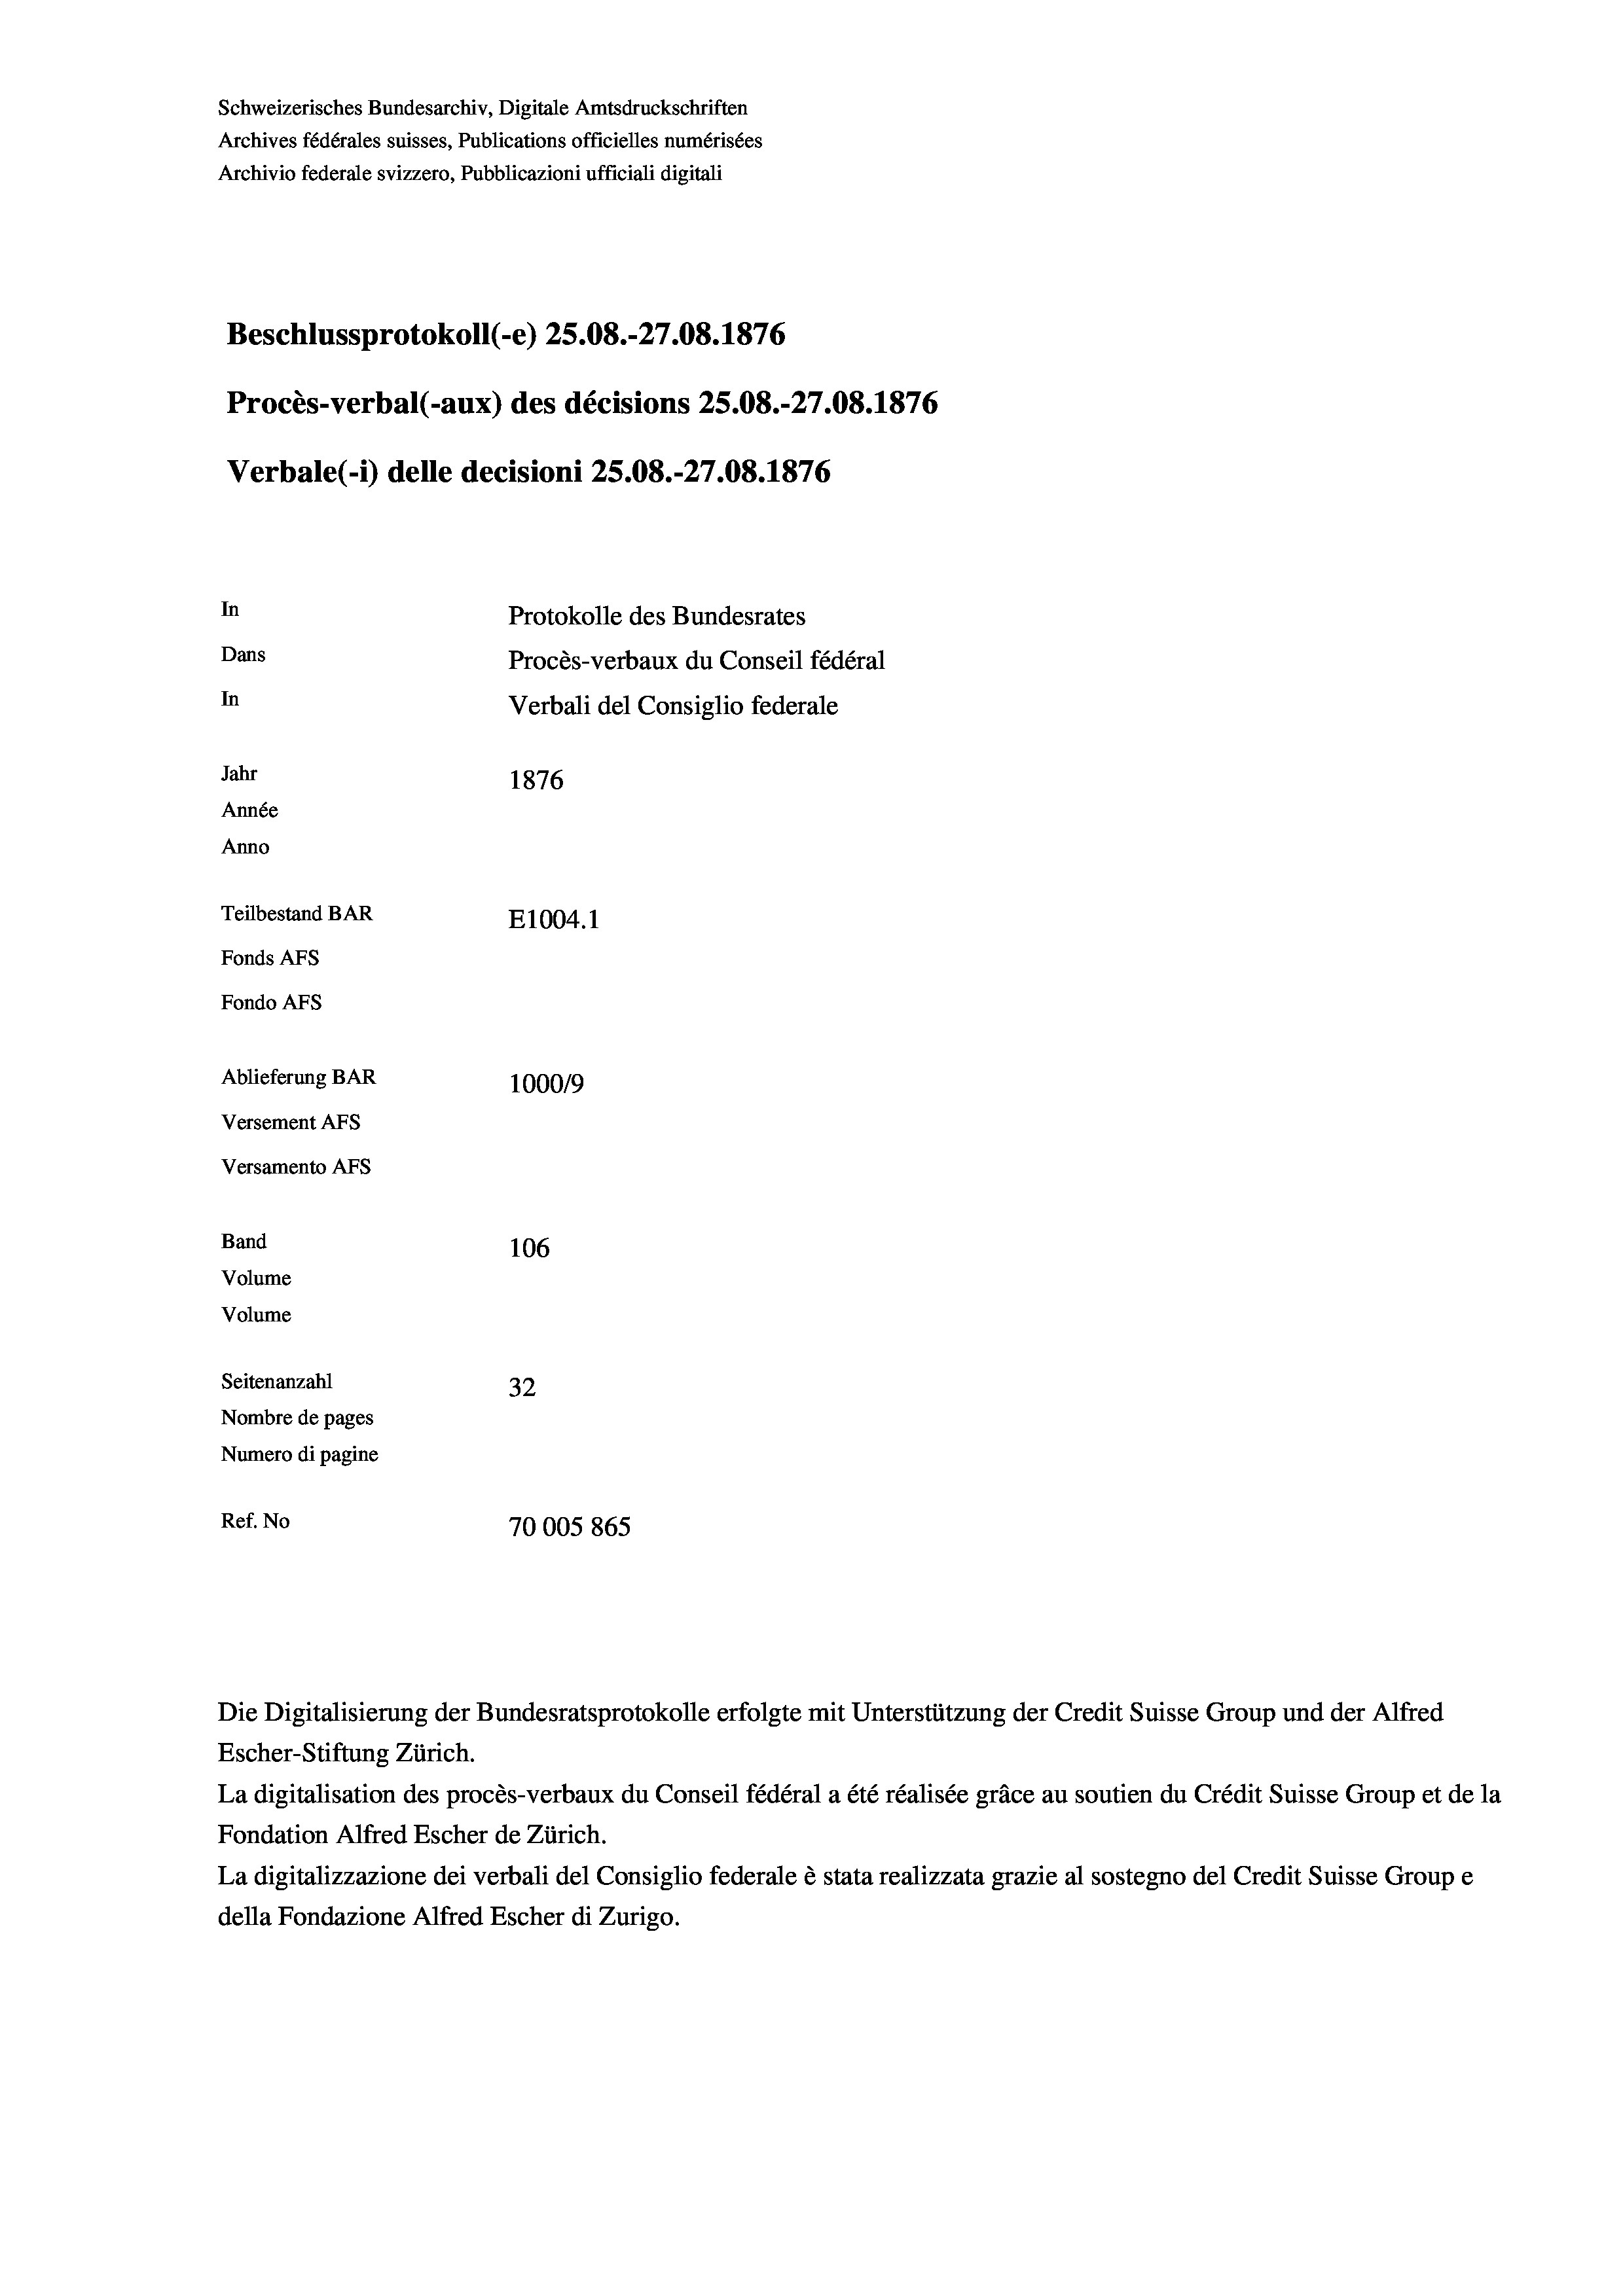
Schweizerisches Bundesarchiv, Digitale Amtsdruckschriften
Archives fédérales suisses, Publications officielles numérisées
Archivio federale svizzero, Pubblicazioni ufficiali digitali
Beschlussprotokoll (-e) 25.08.-27.08. 1876
Procès-verbal (-aux) des décisions 25.08.-27.08. 1876
Verbale(*) delle decisioni 25.08.-27.08. 1876
In
Protokolle des Bundesrates
Dans
Procès-verbaux du Conseil fédéral
In
Verbali del Consiglio federale
Jahr
1876
Année
Anno
Teilbestand BAR
E1004.1
Fonds AFs
Fondo Afs
Ablieferung BAR
100019
Versement AFs
Versamento Afs

106
Seitenanzahl
32
Nombre de pages
Numero di pagine
Ref. No
70005865

Band
Volume
Volume

Escher-Stiftung Zürich.
La digitalisation des procès-verbaux du Conseil fédéral a été réalisée gräce au soutien du Crédit Suisse Group et de la
Fondation Alfred Escher de Zürich.
La digitalizzazione dei verbali del Consiglio federale è stata realizzata grazie al sostegno del Credit Suisse Groupe
della Fondazione Alfred Escher di Zurigo.

Die Digitalisierung der Bundesratsprotokolle erfolgte mit Unterstützung der Credit Suisse Group und der Alfred